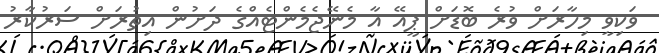
ވަކިވީ މިހާރަށް ވުރެ ބޮޑަށް ޕީއޭ އާ މެނޭޖެމެންޓެއްގެ ދަށުން އިތުރަށް ސަރުކާރު